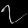
Digit: ၇